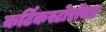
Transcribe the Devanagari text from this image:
कर्टिकस्टोरॉयड